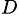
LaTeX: ^D